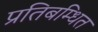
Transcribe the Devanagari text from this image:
प्रतिबम्धित